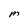
Character: M